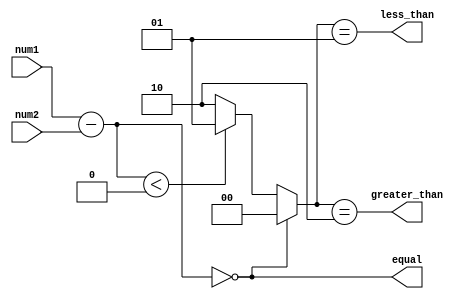
module unsigned_comparator (
    input [7:0] num1,
    input [7:0] num2,
    output equal,
    output less_than,
    output greater_than
);

reg [7:0] difference;
reg [2:0] compare_result;

assign equal = (difference == 0);
assign less_than = (compare_result == 3'b001);
assign greater_than = (compare_result == 3'b010);

always @* begin
    difference = num1 - num2;
    
    if (difference == 0) begin
        compare_result = 3'b000; // Equal
    end else if (difference < 0) begin
        compare_result = 3'b001; // Less than
    end else begin
        compare_result = 3'b010; // Greater than
    end
end

endmodule